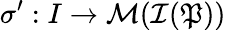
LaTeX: \sigma^{\prime}:I\rightarrow\mathcal{M}(\mathcal{I}(\mathfrak{P}))